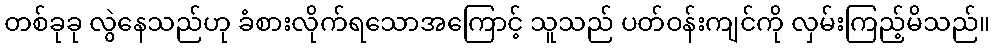
တစ်ခုခု လွဲနေသည်ဟု ခံစားလိုက်ရသောအကြောင့် သူသည် ပတ်ဝန်းကျင်ကို လှမ်းကြည့်မိသည်။